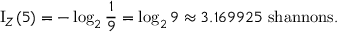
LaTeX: \operatorname { I } _ { Z } ( 5 ) = - \log _ { 2 } { \frac { 1 } { 9 } } = \log _ { 2 } { 9 } \approx 3 . 1 6 9 9 2 5 { \mathrm { ~ s h a n n o n s . } }